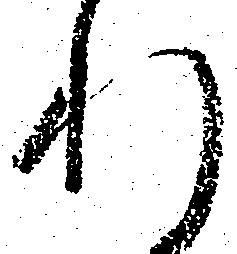
れ